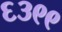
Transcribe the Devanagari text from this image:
६३९९